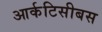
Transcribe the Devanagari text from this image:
आर्कटिसीबस